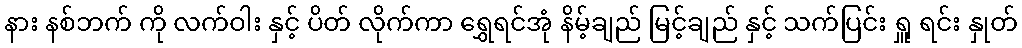
နား နစ်ဘက် ကို လက်ဝါး နှင့် ပိတ် လိုက်ကာ ရွှေရင်အုံ နိမ့်ချည် မြင့်ချည် နှင့် သက်ပြင်း ရှူ ရင်း နှုတ်